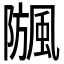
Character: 𩗧